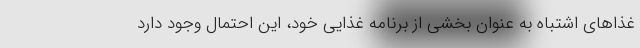
غذاهای اشتباه به عنوان بخشی از برنامه غذایی خود، این احتمال وجود دارد